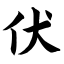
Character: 伏